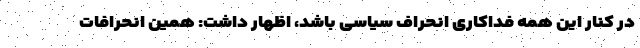
در کنار این همه فداکاری انحراف سیاسی باشد، اظهار داشت: همین انحرافات